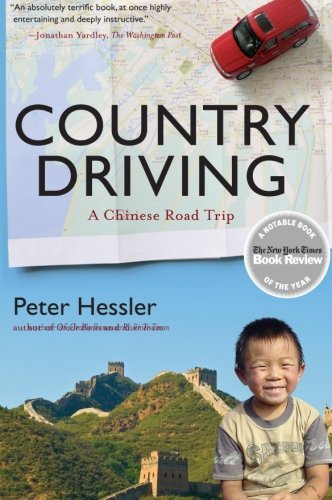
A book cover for Country Driving: A Chinese Road Trip; Peter Hessler; Travel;